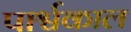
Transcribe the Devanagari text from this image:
पार्श्वकाल